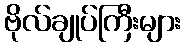
ဗိုလ်ချုပ်ကြီးများ